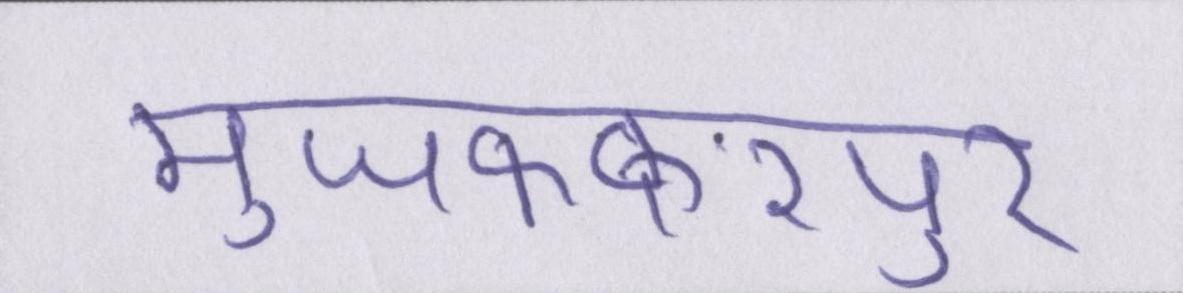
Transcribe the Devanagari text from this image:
मुजफ्फरपुर